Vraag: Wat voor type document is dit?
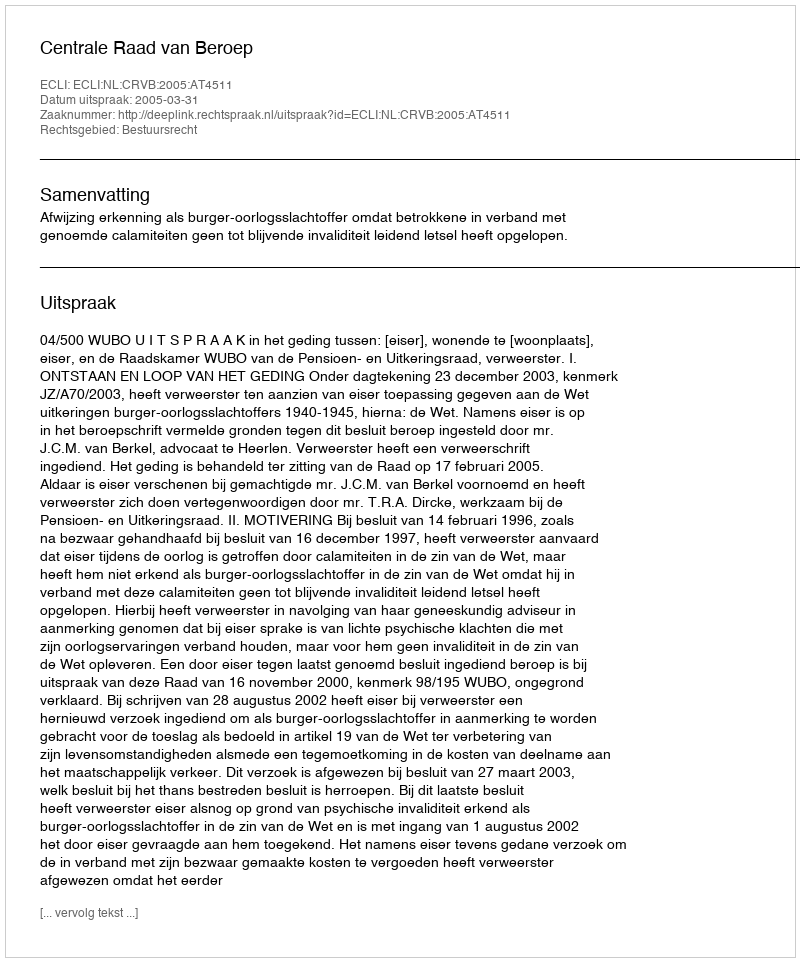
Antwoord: Uitspraak